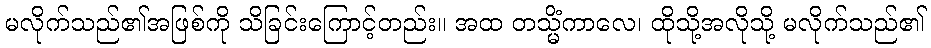
မလိုက်သည်၏အဖြစ်ကို သိခြင်းကြောင့်တည်း။ အထ တသ္မိံကာလေ၊ ထိုသို့အလိုသို့ မလိုက်သည်၏